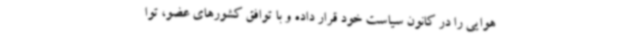
هوایی را در کانون سیاست خود قرار داده و با توافق کشورهای عضو، توا